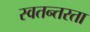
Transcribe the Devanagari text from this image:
स्वतन्तरता